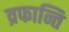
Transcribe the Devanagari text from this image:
व्रफान्ति